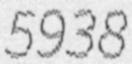
5938